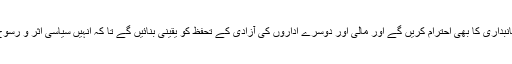
ہم سول سروسز کی غیر جانبداری کا بھی احترام کریں گے اور مالی اور دوسرے اداروں کی آزادی کے تحفظ کو یقینی بنائیں گے تا کہ انہیں سیاسی اثر و رسوخ سے آزاد رکھا جا سکے۔